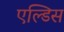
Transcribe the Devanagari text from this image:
एल्डिस